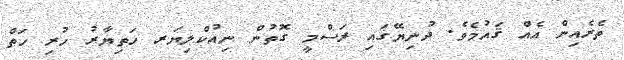
ތެރެއިން އެއް ޤައުމެވެ. ދުނިޔޭގައި ރަސްމީ ގޮތުން ނިއުކްލިޔަރ ހަތިޔާރު ހުރި ހަތް